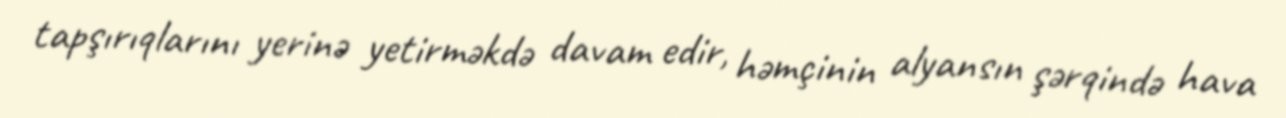
tapşırıqlarını yerinə yetirməkdə davam edir, həmçinin alyansın şərqində hava